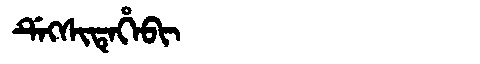
Manchu: ᡩᡝᡴᠰᡳᡨᡝᡥᡝᠪᡳ
Romanization: DEKSITEHEBI